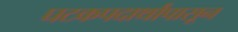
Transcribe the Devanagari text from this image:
घटकपदार्थांपासून